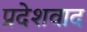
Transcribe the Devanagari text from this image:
प्रदेशवाद